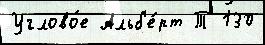
Углово́е Альб'е́рт Т 130